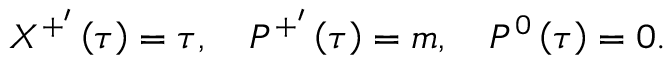
X ^ { + ^ { \prime } } \left( \tau \right) = \tau , \quad P ^ { + ^ { \prime } } \left( \tau \right) = m , \quad P ^ { 0 } \left( \tau \right) = 0 .